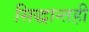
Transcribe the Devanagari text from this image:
सिद्धान्तही